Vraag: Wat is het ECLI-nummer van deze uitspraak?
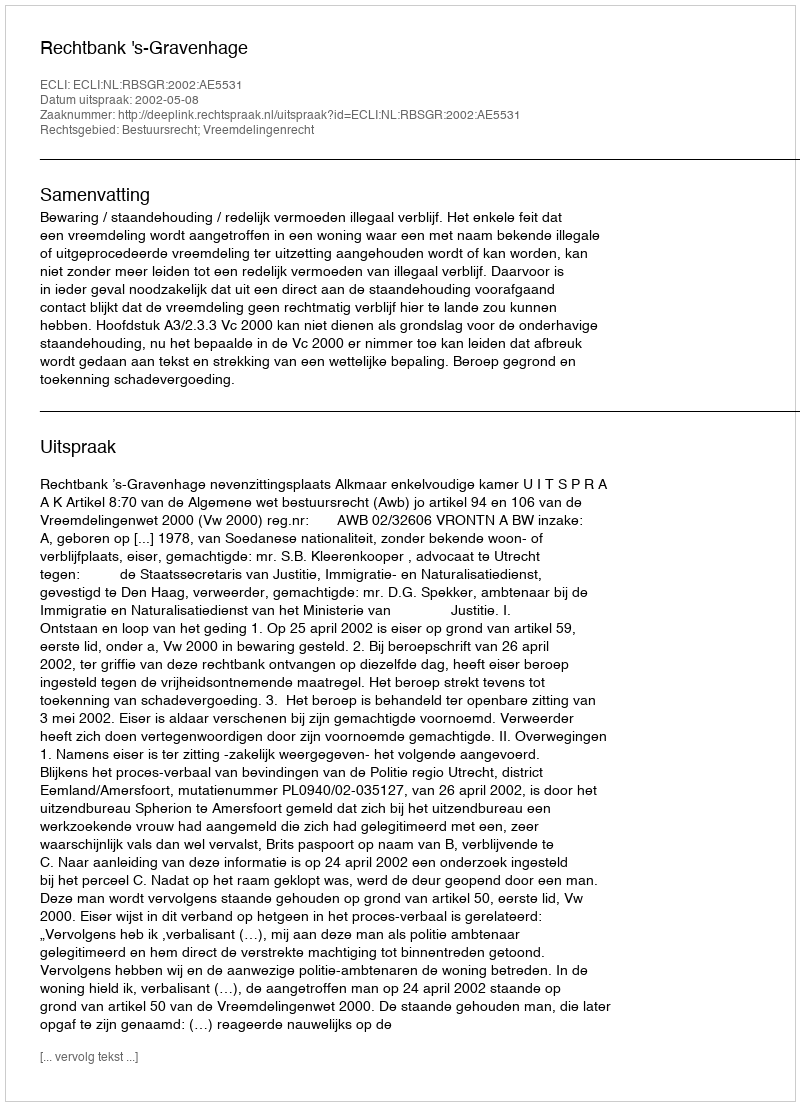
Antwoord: ECLI:NL:RBSGR:2002:AE5531